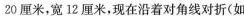
20厘米，宽12厘米，现在沿着对角线对折(如